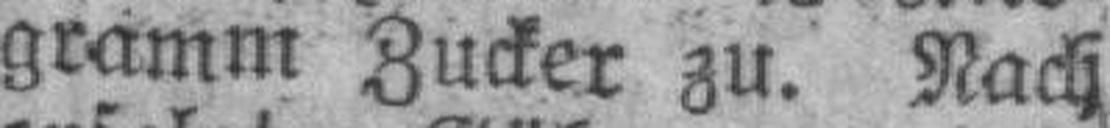
gramm Zucker zu. Nach